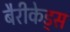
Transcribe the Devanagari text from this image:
बैरीकेड्स